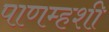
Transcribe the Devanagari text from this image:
पाणम्हशी